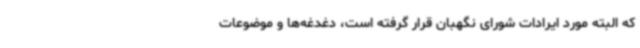
که البته مورد ایرادات شورای نگهبان قرار گرفته است، دغدغه‌ها و موضوعات